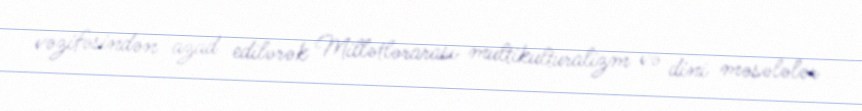
vəzifəsindən azad edilərək Millətlərarası multikulturalizm və dini məsələlər